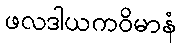
ဖလဒါယကဝိမာနံ